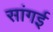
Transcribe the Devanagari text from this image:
सांगई